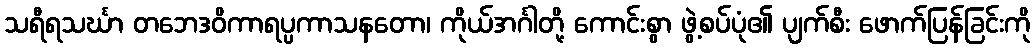
သရီရသင်္ဃာ တဘေဒဝိကာရပ္ပကာသနတော၊ ကိုယ်အင်္ဂါတို့ ကောင်းစွာ ဖွဲ့စပ်ပုံ၏ ပျက်စီး ဖောက်ပြန်ခြင်းကို